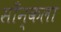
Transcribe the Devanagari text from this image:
साँन्कला